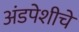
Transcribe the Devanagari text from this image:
अंडपेशीचे